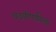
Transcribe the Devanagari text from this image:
पदवीपर्यंतचा